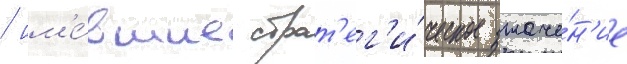
/ им'е́вшие страт'ег'и́ческое значе́н'ие